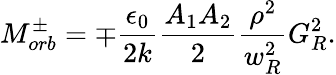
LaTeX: M_{orb}^{\pm}=\mp\frac{\epsilon_{0}}{2k}\frac{A_{1}A_{2}}{2}\frac{\rho^{2}}{w_{R}^{2}}G_{R}^{2}.